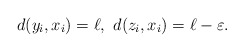
\begin{align*} d(y_i,x_i)=\ell,\ d(z_i,x_i) = \ell-\varepsilon. \end{align*}